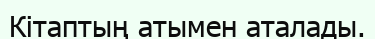
Кітаптың атымен аталады.